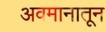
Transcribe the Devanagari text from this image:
अवमानातून